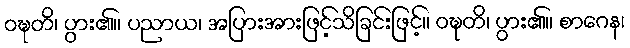
ဝဍ္ဎတိ၊ ပွား၏။ ပညာယ၊ အပြားအားဖြင့်သိခြင်းဖြင့်။ ဝဍ္ဎတိ၊ ပွား၏။ စာဂေန၊